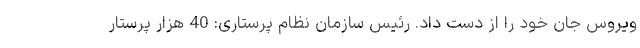
ویروس جان خود را از دست داد. رئیس سازمان نظام پرستاری: 40 هزار پرستار